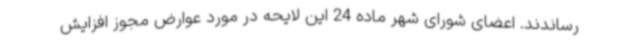
رساندند. اعضای شورای شهر ماده 24 این لایحه در مورد عوارض مجوز افزایش